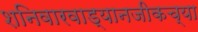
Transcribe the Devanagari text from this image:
शनिवारवाड्यानजीकच्या